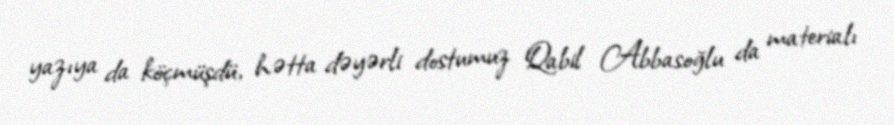
yazıya da köçmüşdü, hətta dəyərli dostumuz Qabil Abbasoğlu da materialı